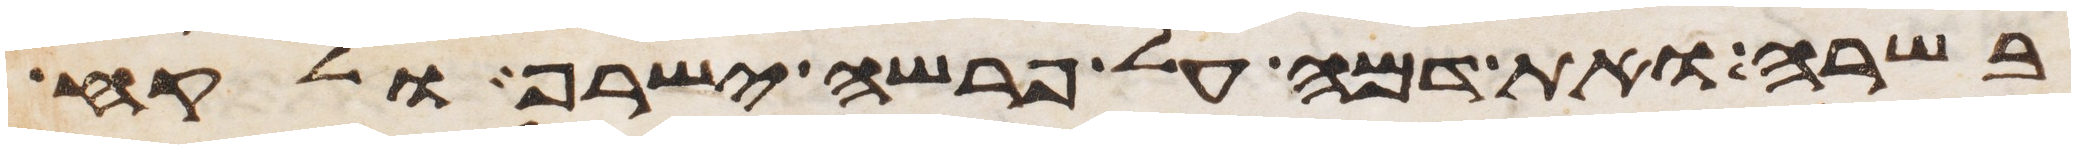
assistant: בשרה ואת דמה על פרשה ישרף ולקח